Vital statistics of India. Vol. VI, European troops 1870-79
Year: 1870
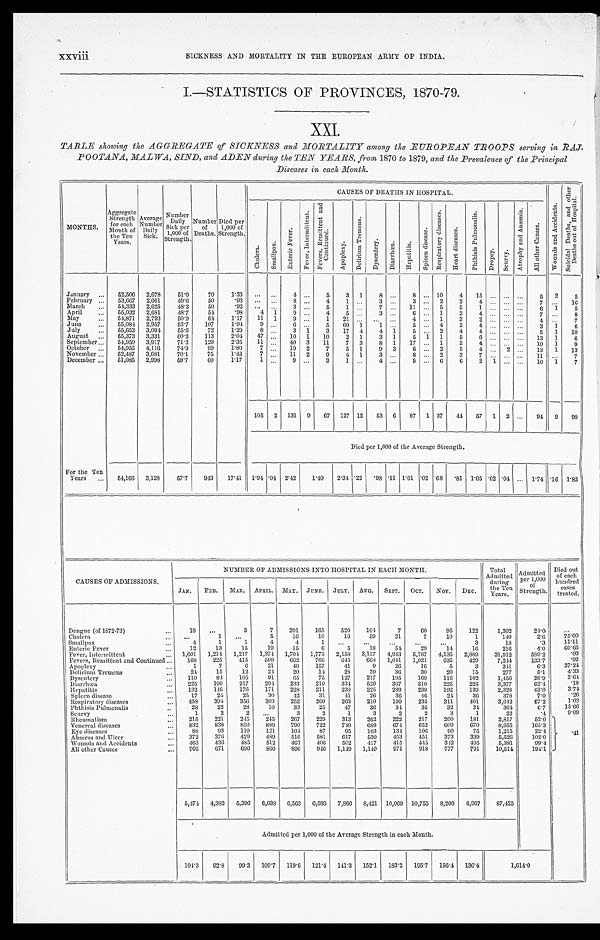
xxviii
SICKNESS AND MORTALITY IN THE EUROPEAN ARMY OF INDIA.
I.—STATISTICS OF PROVINCES, 1870—79.
XXI.
TABLE showing the AGGREGATE of SICKNESS and MORTALITY among the EUROPEAN TROOPS serving in RAJ
-
POOTANA, MALWA, SIND, and ADEN during the TEN YEARS, from 1870 to 1879, and the Prevalence of the Principal
Diseases in each Month.
MONTHS.
Aggregate
Strength
for each
Month of
the Ten
Years.
Average
Number
Daily
Sick.
Number
Dai l y Si ck
per
1,000 of
Strength.
Number
of
Deaths.
Died per
1,000 of
Strength.
CAUSES OF DEATHS IN HOSPITAL.
W o u n d s A c c i d e n t s .
S u i c i d a l D e a t h s , a n d o t h e r D e a t h s o u t o f H o s p i t a l .
C h o l e r a .
S m a l l p o x .
E n t e r i c F e v e r .
F e v e r , I n t e r m i t t e n t .
F e v e r s , R e m i t t e n t a n d C o n t i n u e d .
A p o p l e x y .
D e l i r i u m T r e m e n s .
D y s e n t e r y .
Di ar r hœa.
H e p a t i t i s .
S p l e e n d i s e a s e .
R e s p i r a t o r y d i s e a s e s .
H e a r t d i s e a s e s .
P h t h i s i s P u l m o n a l i s .
D r o p s y .
S c u r v y .
A t r o p h y a n d A n æ m i a .
A l l o t h e r C a u s e s .
January . . .
52,506
2,678
51.0
70
1 . 3 3
. . .
. . .
4
. . .
5
3
1
8
. . .
8
. . . 10
4
15
. . .
. . .
. . .
5
2
5
February . . .
53,667
2,661
49.6
50
.93
. . .
. . .
8.
. . .
4
1
. . .
3
. . .
3
. . . 2
2
4
. . .
. . .
. . .
7
. . .
16
March . . .
54,333
2,625
48.3
50
.92
. . .
. . .
3
. . .
5
1
. . .
7 . . .
11
. . . 5
5
1
. . .
. . .
. . .
6
1
5
April . . .
55,032
2,681
48.7
54
.98
4
1 9
. . .
4
5
. . .
3 . . .
6
1
2
4
. . .
. . .
. . .
7
. . .
8
May . . .
54,871
2,793
50.9
6 4
1.17
11
1
9
. . .
1
21
. . .
. . .
. . .
4
. . . 1
3
2
. . .
. . .
. . .
4
. . .
7
June . . .
55,084
2 , 9 5 7
53.7
107
1.94
9
. . .
6 . . .
5
60
1
1 . . .
5
. . .
4
2
4
. . .
. . .
. . .
3
1
6
July . . .
55,653
3,094
55.6
72
1.29
8
. . .
3
1
3
17
4
4
1
5
. . . 2
4
4
. . .
. . .
. . .
5
1
10
August . . .
55,373
3,331
60.2
113
2.04
47
. . .
10
1
10
2
1
3
1
5
1 1
5
6
. . .
. . .
. . .
13
1
6
September . . .
54,950
3,917
71,3
129
2.35
11
. . .
40
3
11
7
3
8
1
17
. . . 1
3
4
. . .
. . .
. . .
10
1
9
October . . .
54,955
4,116
74.9
99
1.80
7
. . .
19
2
7
5
1
9
3
6
. . . 2
5
4
. . . 2
. . .
13
1
13
November . . .
52,487
3,681
70.1
75
1.43
7
. . . 11
2
9
4
1
3
. . .
8
. . . 2
3
7
. . .
. . .
. . .
11
. . .
7
December . . .
51,085
2,998
58.7
60
1.17
1
. . .
9
. . .
3
1
. . .
4
. . .
9
. . . 6
6
2
1
. . .
. . .
10
1
7
105
2
131
9
67
127 12
53
6
87
1 37
44
57
1
2
. . .
94
9
99
Died per 1,000 of the Average Strength.
For the Ten
Years . . .
51,166
3,128
57.7
943
17.41
1.94 .04 2.42
1.40
2.34 .22
.98 .11 1.61 .02 .68
.81
1. 05 .02 .04
. . . 1.74 .16 1.83
CAUSES OF ADMISSIONS
NUMBER OF ADMISSIONS INTO HOSPITAL IN EACH MONTH.
Total
Admitted
during
t h e T e n Y e a r s .
Admitted
per 1,000
Strength.
Died out
of each
hundred
treated.
JAN.
FEB.
MAR.
APRIL.
MAY.
JUNE.
JULY.
AUG.
SEPT.
OCT.
Nov.
DEC.
Dengue (of 1872-73) . . .
18
. . .
3
7
201
165
520
104
7
6 0
95
122
1,302
24.0
. . .
Cholera . . .
. . .
1
. . .
5
16
10
10
59
21
7
10
1
1 4 0
2.6
75.00
. . .
1
1
4
4
1
. . .
. . .
. . .
. . .
. . .
3
18
.3
11.11
Smallpox . . .
12
13
15
19
15
6
5
18
54
29
14
16
216
4.0
60.65
Enteric Fever . . .
1,601
1,214
1,217
1,374
1,704
1,773
2,158
3,137
4,943
5,767
4,135
2,889
31,912
589.2
.03
Fever, Intermittent . . .
168
225
415
569
662
766
645
668
1,041
1,021
635
429
7,244
113.7
.92
Fevers, Remittent and Continued . . .
1
7
6
21
49
157
41
9
26
16
5
3
341
6.3
37.24
Apoplexy . . .
24
15
12
21
20
14
28
39
36
30
20
15
277
5.1
4.33
Delirium Tremens . . .
110
84
105
91
6 5
75
127
217
195
169
116
102
1,456
26.9
3.64
Dysentery . . .
225
132
199
146
217
176
294
171
233
228
219
211
334
230
529
226
367
239
310
239
225
192
225
139
3,377
2,328
62.4
43.0
'.18
3.74
Diarrh œa . . .
Hepatitis . . .
17
24
25
30
42
31
41
26
36
46
24
36
378
7.0
. 2 6
Spleen disease . . .
458
394
356
303
252
260
263
210
199
235
311
401
3,642
67.2
1.02
Respiratory diseases . . .
28
22
28
10
33
25
47
36
34
35
32
34
364
6.7
15.66
Phthisis Pulmonalis . . .
1
2
2
. . .
3
2
1
3
2
2
3
1
22
.4
9.09
Scurvy . . .
215
221
245
245
267
229
313
262
222
217
200
181
2,817
52.0
.41
Rheumatism . . .
832
838
850
889
790
722
740
689
674
652
609
670
8,955
165.3
Venereal diseases . . .
8 8
93
119
121
104
87
95
103
134
106
90
75
1,215
22.4
Eye diseases . . .
372
376
429
489
516
581
617
530
453
451
373
339
5,526
102.0
Abscess and Ulcer . . .
Wounds and Accidents . . .
463
436
485
512
463
406
502
417
415
445
342
495
5,381
9 9 . 4
705
671
690
860
896
946
1,149
1,140
971
918
777
791
10,514
194.1
All other Causes . . .
5,474
4,982
5,396
6,038
6,563
6,686
7,866
8,421
10,069 10,755
8,208
6,967
87,425
Admitted per 1,000 of the Average Strength in each Month.
104.3
92.3
99.3
109.7
119.6
121.4
141.3
152.1
183.2
195.7
156.4
136.4
1,614.0